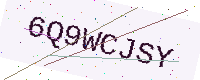
Text: 6Q9WCJSY